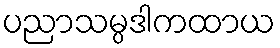
ပညာသမ္ပဒါကထာယ